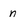
Character: n